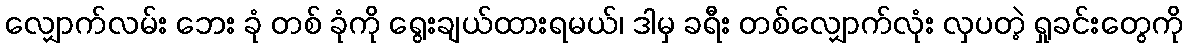
လျှောက်လမ်း ဘေး ခုံ တစ် ခုံကို ရွေးချယ်ထားရမယ်၊ ဒါမှ ခရီး တစ်လျှောက်လုံး လှပတဲ့ ရှုခင်းတွေကို